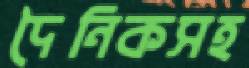
দৈনিকসহ